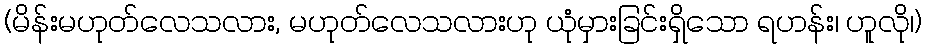
(မိန်းမဟုတ်လေသလား, မဟုတ်လေသလားဟု ယုံမှားခြင်းရှိသော ရဟန်း၊ ဟူလို၊)